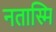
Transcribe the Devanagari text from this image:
नतास्मि